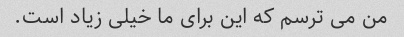
من می ترسم که این برای ما خیلی زیاد است.